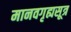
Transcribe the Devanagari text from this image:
मानवगृह्यसूत्र